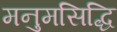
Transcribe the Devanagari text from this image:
मनुमसिद्धि